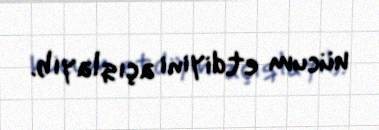
hücum etdiyini açıqlayıb.